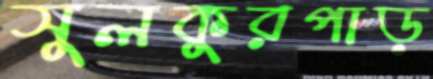
সুলকুরপাড়